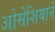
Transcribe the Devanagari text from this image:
ओसेशियाने